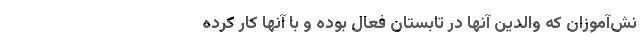
نش‌آموزان که والدین آنها در تابستان فعال بوده و با آنها کار کرده